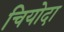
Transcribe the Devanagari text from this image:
चियोदा